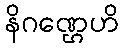
နိဂဏ္ဌေဟိ